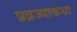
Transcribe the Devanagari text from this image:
प्रव्रज्याकथा